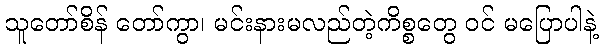
သူတော်စိန် တော်ကွာ၊ မင်းနားမလည်တဲ့ကိစ္စတွေ ဝင် မပြောပါနဲ့